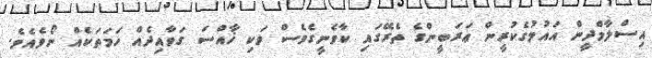
އިސްލާމްދީން އައުމުގެކުރީން ޢަރަބީންގެ ތެރޭގައި ކާވެނީގެވެސް ވަކި ޚާއްސަ ގަވާއިދެއް ހަމަތަކެއް ނޯވެއެވެ.